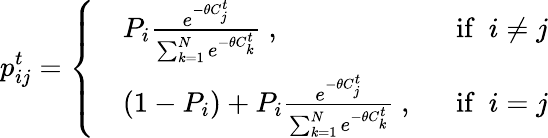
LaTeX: p_{ij}^{t}=\left\{ \begin{array}{ll}{\begin{array}{rlr}&{P_{i}\frac{e^{-\theta C_{j}^{t}}}{\sum_{k=1}^{N}e^{-\theta C_{k}^{t}}}\ ,\ }&{\ \mathrm{if}\ \ i\neq j}\\ &{(1-P_{i})+P_{i}\frac{e^{-\theta C_{j}^{t}}}{\sum_{k=1}^{N}e^{-\theta C_{k}^{t}}}\ ,\ }&{\ \mathrm{if}\ \ i=j}\end{array}}\end{array}\right.